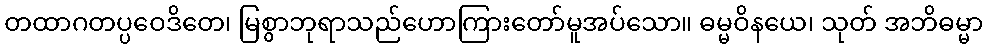
တထာဂတပ္ပဝေဒိတေ၊ မြစွာဘုရာသည်ဟောကြားတော်မူအပ်သော။ ဓမ္မဝိနယေ၊ သုတ် အဘိဓမ္မာ